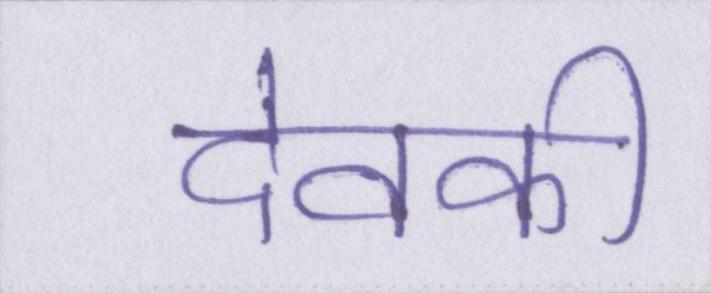
देवकी